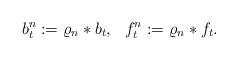
LaTeX: \begin{align*}b^n_t:=\varrho_n* b_t,\ \ f^n_t:=\varrho_n*f_t.\end{align*}